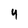
Character: 4